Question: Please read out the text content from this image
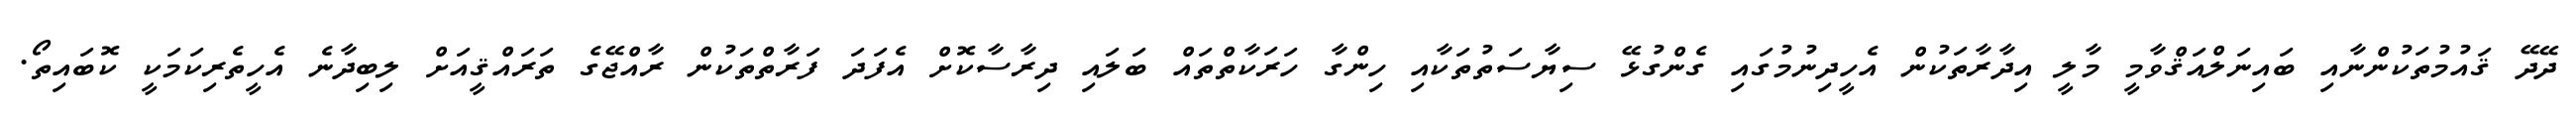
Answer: ދޭދޭ ޤައުމުތަކުންނާއި ބައިނަލްއަޤްވާމީ މާލީ އިދާރާތަކުން އެހީދިނުމުގައި ގެންގުޅޭ ސިޔާސަތުތަކާއި ހިންގާ ހަރަކާތްތައް ބަލައި ދިރާސާކޮށް އެފަދަ ފަރާތްތަކުން ރާއްޖޭގެ ތަރައްޤީއަށް ލިބިދާނެ އެހީތެރިކަމަކީ ކޮބައިތޯ.